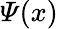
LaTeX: \varPsi(x)